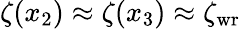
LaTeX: \zeta(x_{2})\approx\zeta(x_{3})\approx\zeta_{\mathrm{wr}}